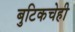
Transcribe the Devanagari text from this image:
बुटिकचेही